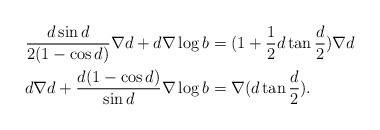
LaTeX: \begin{align*} \frac{d\sin d}{2(1-\cos d)}\nabla d + d \nabla \log b &= (1+ \frac{1}{2} d \tan \frac{d}{2} )\nabla d\\ d\nabla d+ \frac{d(1-\cos d)}{\sin d} \nabla \log b & = \nabla (d\tan \frac{d}{2}).\end{align*}